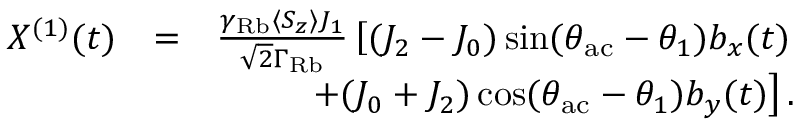
\begin{array} { r l r } { X ^ { ( 1 ) } ( t ) } & { = } & { \frac { \gamma _ { \mathrm { R b } } \langle S _ { z } \rangle J _ { 1 } } { \sqrt { 2 } \Gamma _ { \mathrm { R b } } } \left[ ( J _ { 2 } - J _ { 0 } ) \sin ( \theta _ { \mathrm { a c } } - \theta _ { 1 } ) b _ { x } ( t ) \right. } \\ & { } & { \left. + ( J _ { 0 } + J _ { 2 } ) \cos ( \theta _ { \mathrm { a c } } - \theta _ { 1 } ) b _ { y } ( t ) \right] . } \end{array}